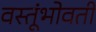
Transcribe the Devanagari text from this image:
वस्तूंभोवती